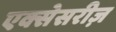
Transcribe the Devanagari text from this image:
एक्सेसरीज़